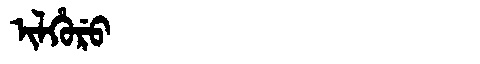
Manchu: ᡳᠯᡥᡠᡵᡠ
Romanization: ILHURU